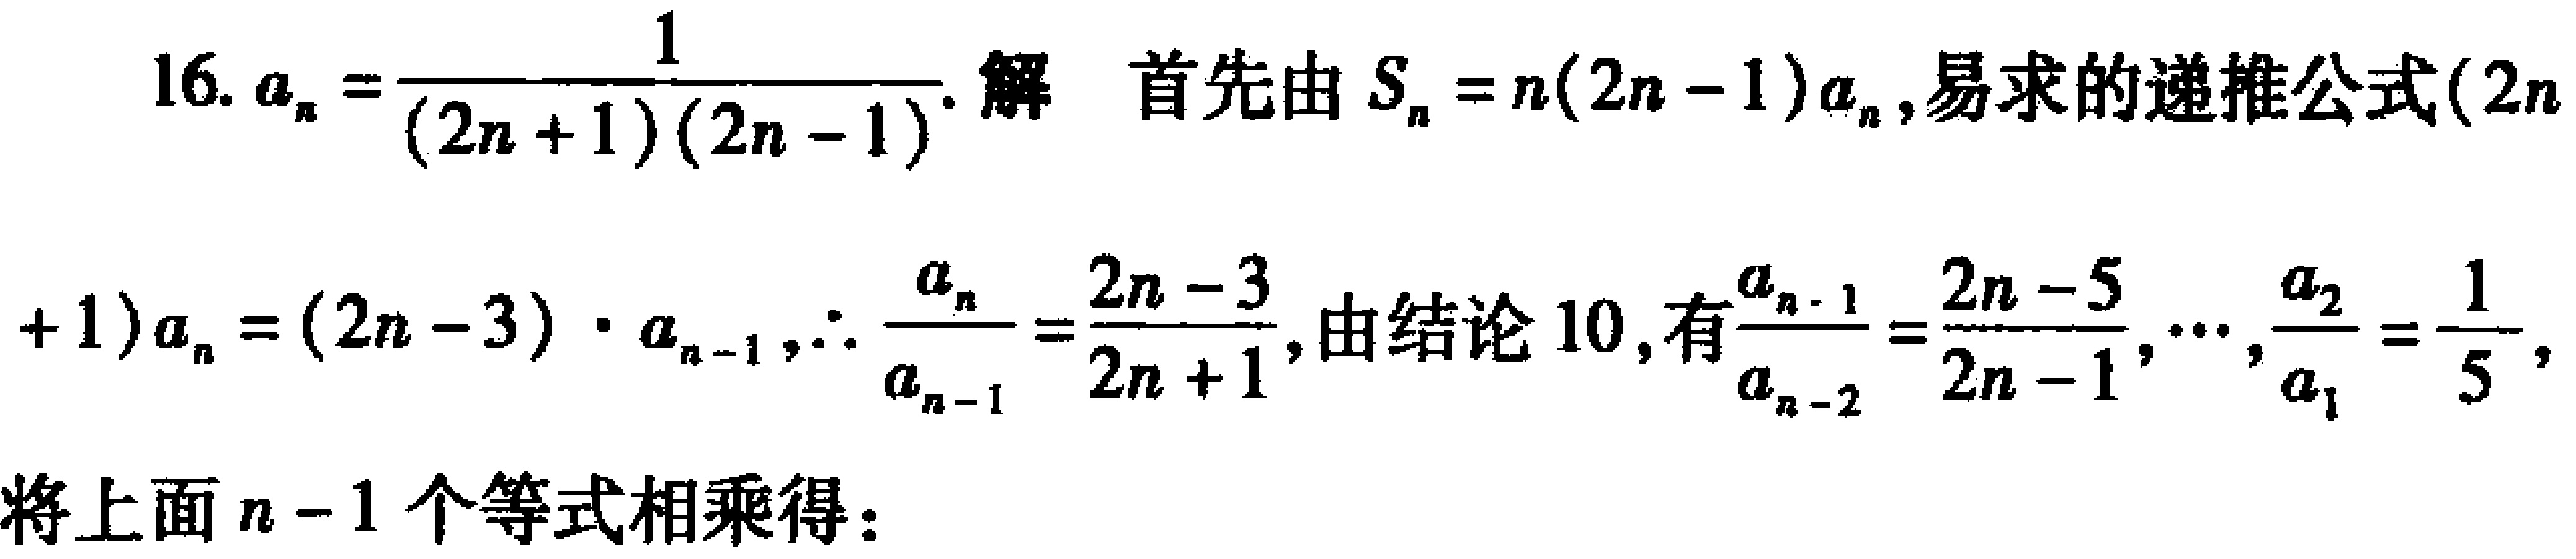
16. \(a_{n}=\frac{1}{(2n + 1)(2n - 1)}\). 解 首先由 \(S_{n}=n(2n - 1)a_{n}\), 易求的递推公式\((2n + 1)a_{n}=(2n - 3)\cdot a_{n - 1}\), \(\therefore\frac{a_{n}}{a_{n - 1}}=\frac{2n - 3}{2n + 1}\), 由结论 10, 有\(\frac{a_{n - 1}}{a_{n - 2}}=\frac{2n - 5}{2n - 1},\cdots,\frac{a_{2}}{a_{1}}=\frac{1}{5}\),

将上面 \(n - 1\) 个等式相乘得：